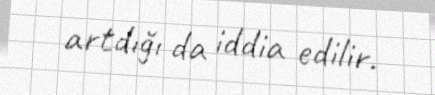
artdığı da iddia edilir.